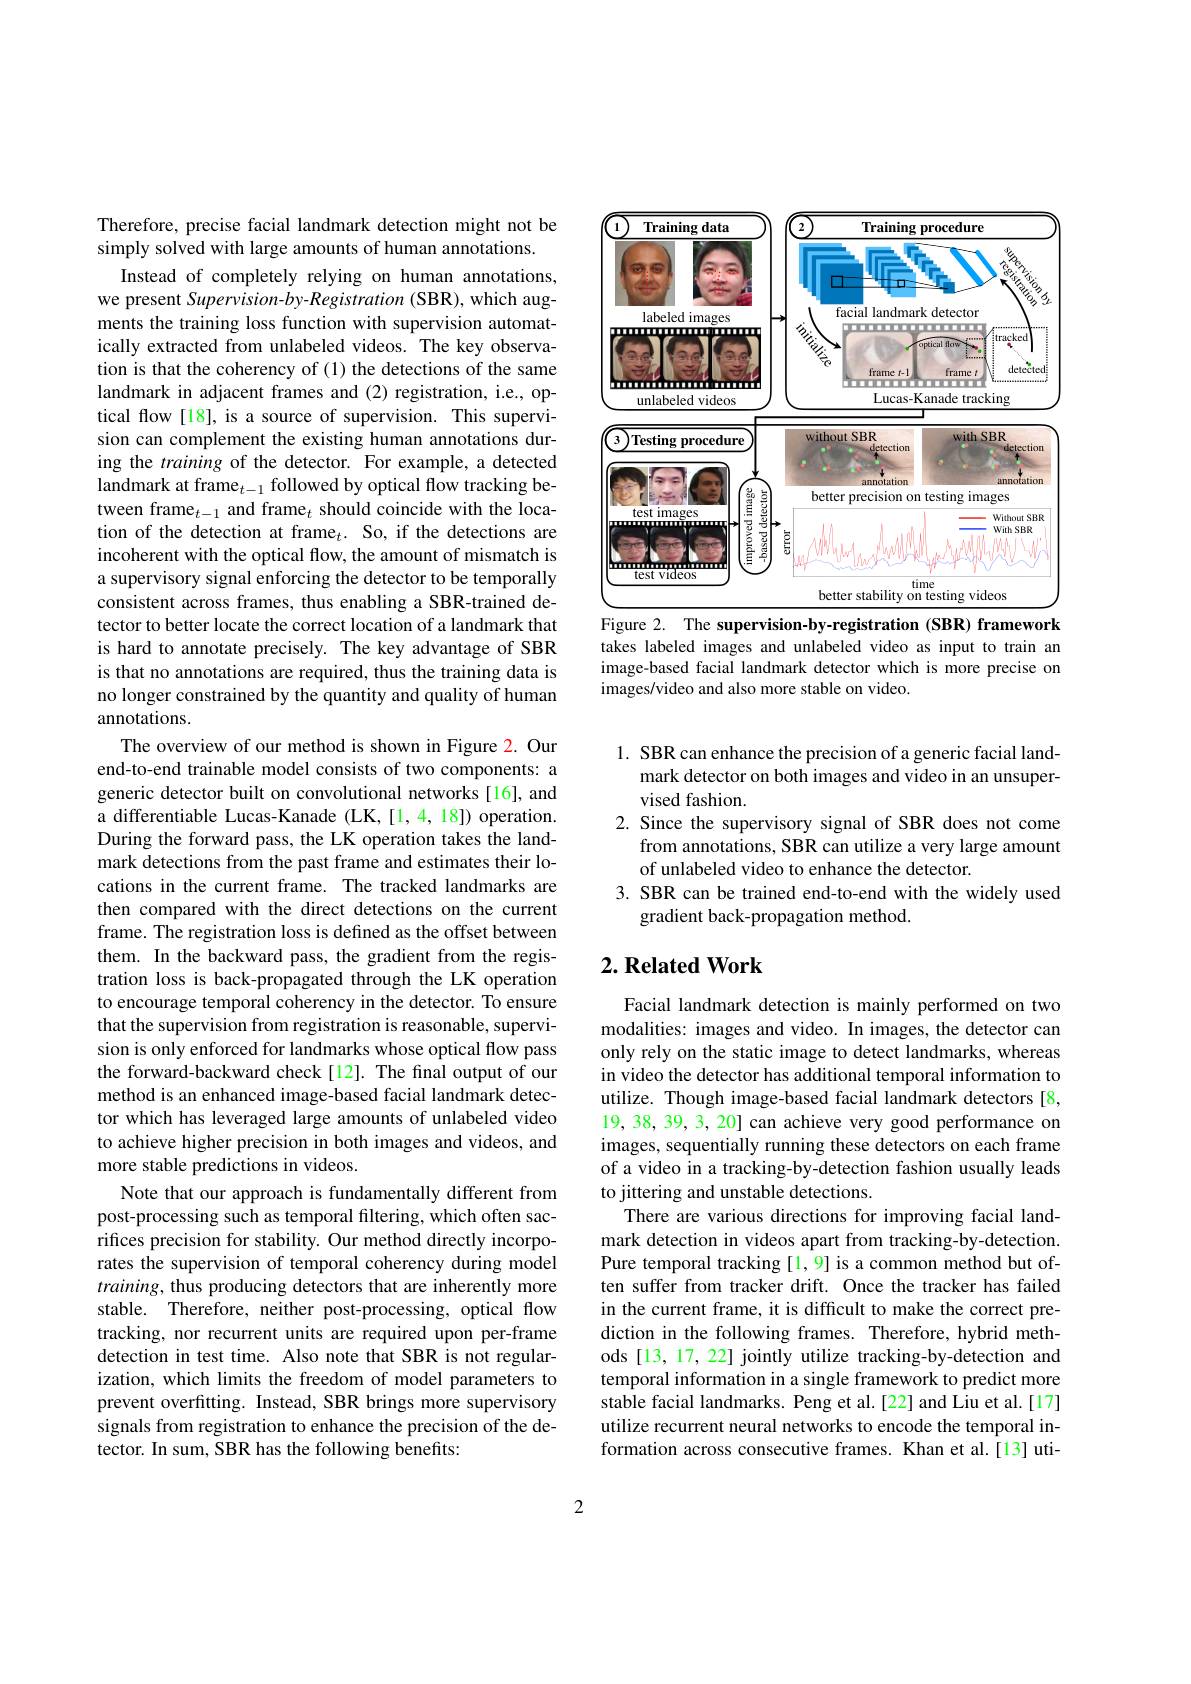
<FigureHere>
Figure 2. The supervision-by-registration (SBR) framework

takes labeled images and unlabeled video as input to train an image-based facial landmark detector which is more precise on images/video and also more stable on video.

Therefore, precise facial landmark detection might not be
simply solved with large amounts of human annotations.
Instead of completely relying on human annotations, we present Supervision-by-Registration (SBR), which augments the training loss function with supervision automatically extracted from unlabeled videos. The key observation is that the coherency of (1) the detections of the same landmark in adjacent frames and (2) registration, i.e., optical flow [18], is a source of supervision. This supervision can complement the existing human annotations during the training of the detector. For example, a detected landmark at frame$_t-1$ followed by optical flow tracking between frame$_t-1$ and frame$_t$ should coincide with the location of the detection at frame$_t.$ So, if the detections are incoherent with the optical flow, the amount of mismatch is a supervisory signal enforcing the detector to be temporally consistent across frames, thus enabling a SBR-trained detector to better locate the correct location of a landmark that is hard to annotate precisely. The key advantage of SBR is that no annotations are required, thus the training data is no longer constrained by the quantity and quality of human annotations.
The overview of our method is shown in Figure 2. Our end-to-end trainable model consists of two components: a generic detector built on convolutional networks [16], and a differentiable Lucas-Kanade (LK,[1,4,18]) operation. During the forward pass, the LK operation takes the landmark detections from the past frame and estimates their locations in the current frame. The tracked landmarks are then compared with the direct detections on the current frame. The registration loss is defined as the offset between them. In the backward pass, the gradient from the registration loss is back-propagated through the LK operation to encourage temporal coherency in the detector. To ensure that the supervision from registration is reasonable, supervision is only enforced for landmarks whose optical flow pass the forward-backward check[12]. The final output of our method is an enhanced image-based facial landmark detector which has leveraged large amounts of unlabeled video to achieve higher precision in both images and videos, and more stable predictions in videos.
Note that our approach is fundamentally different from post-processing such as temporal filtering, which often sacrifices precision for stability. Our method directly incorporates the supervision of temporal coherency during model training, thus producing detectors that are inherently more stable. Therefore, neither post-processing, optical flow tracking, nor recurrent units are required upon per-frame detection in test time. Also note that SBR is not regularization, which limits the freedom of model parameters to prevent overfitting. Instead, SBR brings more supervisory signals from registration to enhance the precision of the detector. In sum, SBR has the following benefits:

1. SBR can enhance the precision of a generic facial land-
mark detector on both images and video in an unsuper-
vised fashion.
2. Since the supervisory signal of SBR does not come
from annotations, SBR can utilize a very large amount
of unlabeled video to enhance the detector.
3. SBR can be trained end-to-end with the widely used
gradient back-propagation method.

## $2. \textbf{Related Work}$

Facial landmark detection is mainly performed on two modalities: images and video. In images, the detector can only rely on the static image to detect landmarks, whereas in video the detector has additional temporal information to utilize. Though image-based facial landmark detectors [8, 19, 38, 39, 3, 20] can achieve very good performance on images, sequentially running these detectors on each frame of a video in a tracking-by-detection fashion usually leads to jittering and unstable detections.
There are various directions for improving facial landmark detection in videos apart from tracking-by-detection. Pure temporal tracking[1,9] is a common method but often suffer from tracker drift. Once the tracker has failed in the current frame, it is difficult to make the correct prediction in the following frames. Therefore, hybrid methods [13, 17, 22] jointly utilize tracking-by-detection and temporal information in a single framework to predict more stable facial landmarks. Peng et al.[22] and Liu et al.[17] utilize recurrent neural networks to encode the temporal information across consecutive frames. Khan et al.[13] uti-

2